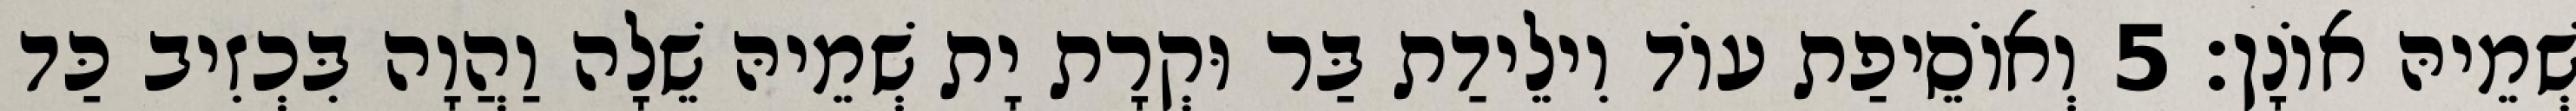
שְׁמֵיהּ אוֹנָן׃ 5 וְאוֹסֵיפַת עוֹד וִילֵידַת בַּר וּקְרָת יָת שְׁמֵיהּ שֵׁלָה וַהֲוָה בִּכְזִיב כַּד